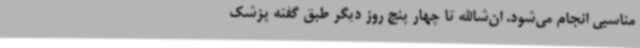
مناسبی انجام می‌شود. ان‌شاالله تا چهار پنج روز دیگر طبق گفته پزشک